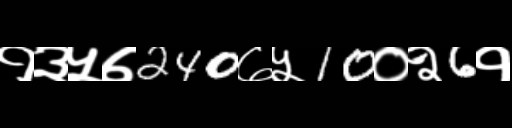
Text: १३५७240७५10०२6१